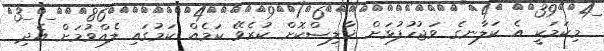
މިކަމަކީ އެ ކަލާނގެ ވަޖުހުފުޅަށް ޚާލިޞްކޮށް ކުރެވޭ ކަމެއް ކަމުގައި ލެއްވުމަށް އެދި